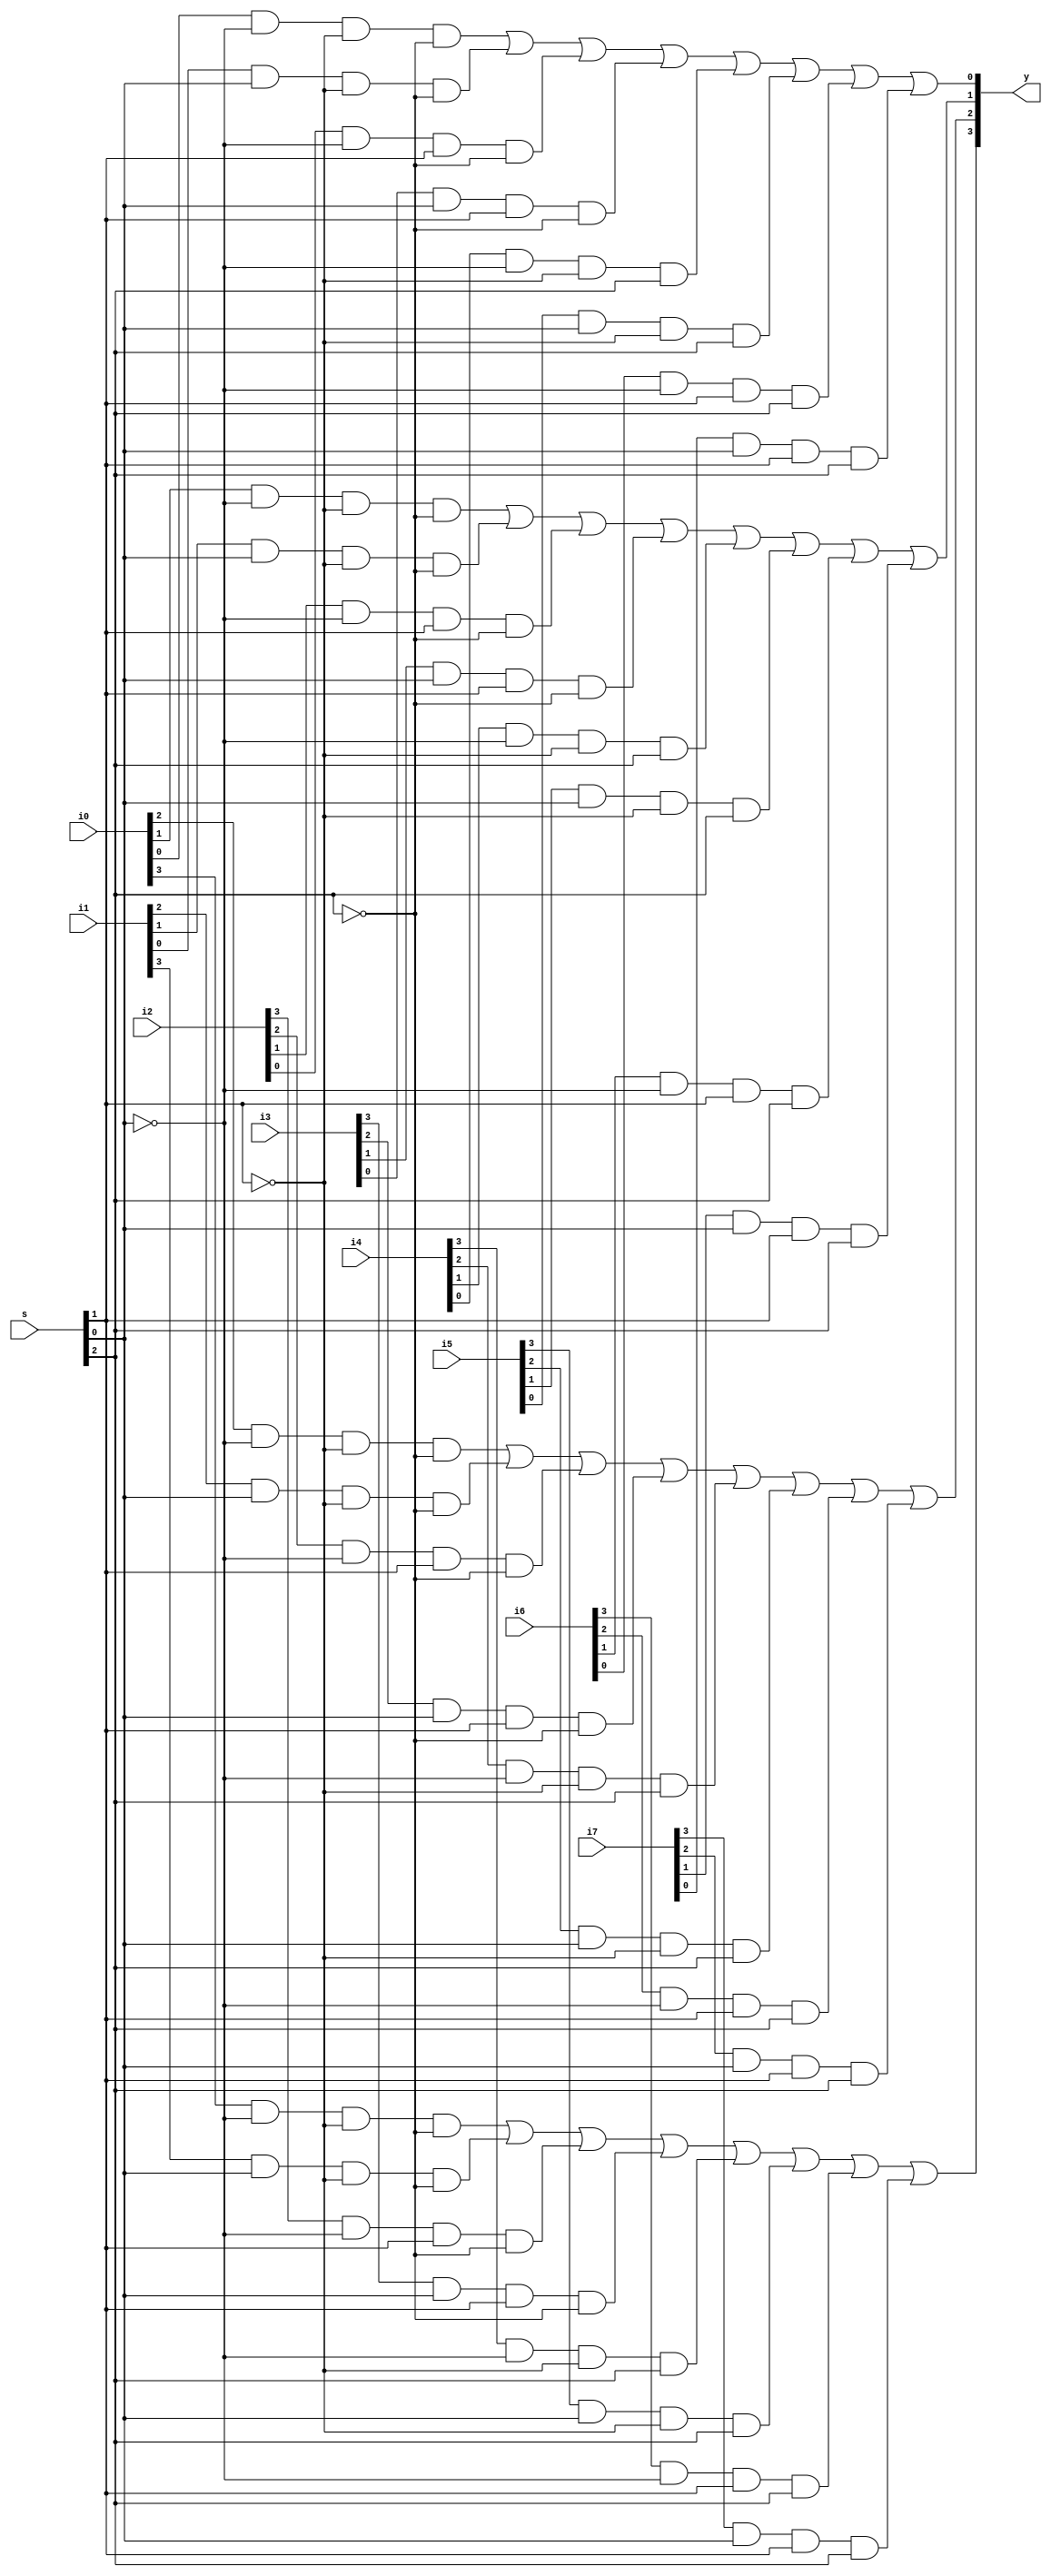
module mux8x1 (
	// Inputs 
	input [3:0] i0, i1, i2, i3, i4, i5, i6, i7,
	input [2:0] s,
	// Outputs
	output [3:0] y
);
	assign y[3] = i0[3] & ~s[0] & ~s[1] & ~s[2]	|
		      i1[3] &  s[0] & ~s[1] & ~s[2]	|
		      i2[3] & ~s[0] &  s[1] & ~s[2] 	|
		      i3[3] &  s[0] &  s[1] & ~s[2]	|
		      i4[3] & ~s[0] & ~s[1] &  s[2] 	|
		      i5[3] &  s[0] & ~s[1] &  s[2] 	|
		      i6[3] & ~s[0] &  s[1] &  s[2]  	|
		      i7[3] &  s[0] &  s[1] &  s[2];

	assign y[2] = i0[2] & ~s[0] & ~s[1] & ~s[2]	|
		      i1[2] &  s[0] & ~s[1] & ~s[2]	|
		      i2[2] & ~s[0] &  s[1] & ~s[2] 	|
		      i3[2] &  s[0] &  s[1] & ~s[2]	|
		      i4[2] & ~s[0] & ~s[1] &  s[2] 	|
		      i5[2] &  s[0] & ~s[1] &  s[2] 	|
		      i6[2] & ~s[0] &  s[1] &  s[2]  	|
		      i7[2] &  s[0] &  s[1] &  s[2];

	assign y[1] = i0[1] & ~s[0] & ~s[1] & ~s[2]	|
		      i1[1] &  s[0] & ~s[1] & ~s[2]	|
		      i2[1] & ~s[0] &  s[1] & ~s[2] 	|
		      i3[1] &  s[0] &  s[1] & ~s[2]	|
		      i4[1] & ~s[0] & ~s[1] &  s[2] 	|
		      i5[1] &  s[0] & ~s[1] &  s[2] 	|
		      i6[1] & ~s[0] &  s[1] &  s[2]  	|
		      i7[1] &  s[0] &  s[1] &  s[2];

	assign y[0] = i0[0] & ~s[0] & ~s[1] & ~s[2]	|
		      i1[0] &  s[0] & ~s[1] & ~s[2]	|
		      i2[0] & ~s[0] &  s[1] & ~s[2] 	|
		      i3[0] &  s[0] &  s[1] & ~s[2]	|
		      i4[0] & ~s[0] & ~s[1] &  s[2] 	|
		      i5[0] &  s[0] & ~s[1] &  s[2] 	|
		      i6[0] & ~s[0] &  s[1] &  s[2]  	|
		      i7[0] &  s[0] &  s[1] &  s[2];


endmodule